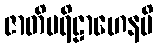
ဇာတိပရိဠာဟေနပိ